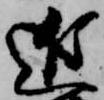
近